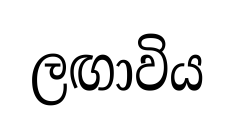
ලඟාවිය